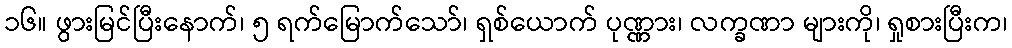
၁၆။ ဖွားမြင်ပြီးနောက်၊ ၅ ရက်မြောက်သော်၊ ရှစ်ယောက် ပုဏ္ဏား၊ လက္ခဏာ များကို၊ ရှုစားပြီးက၊